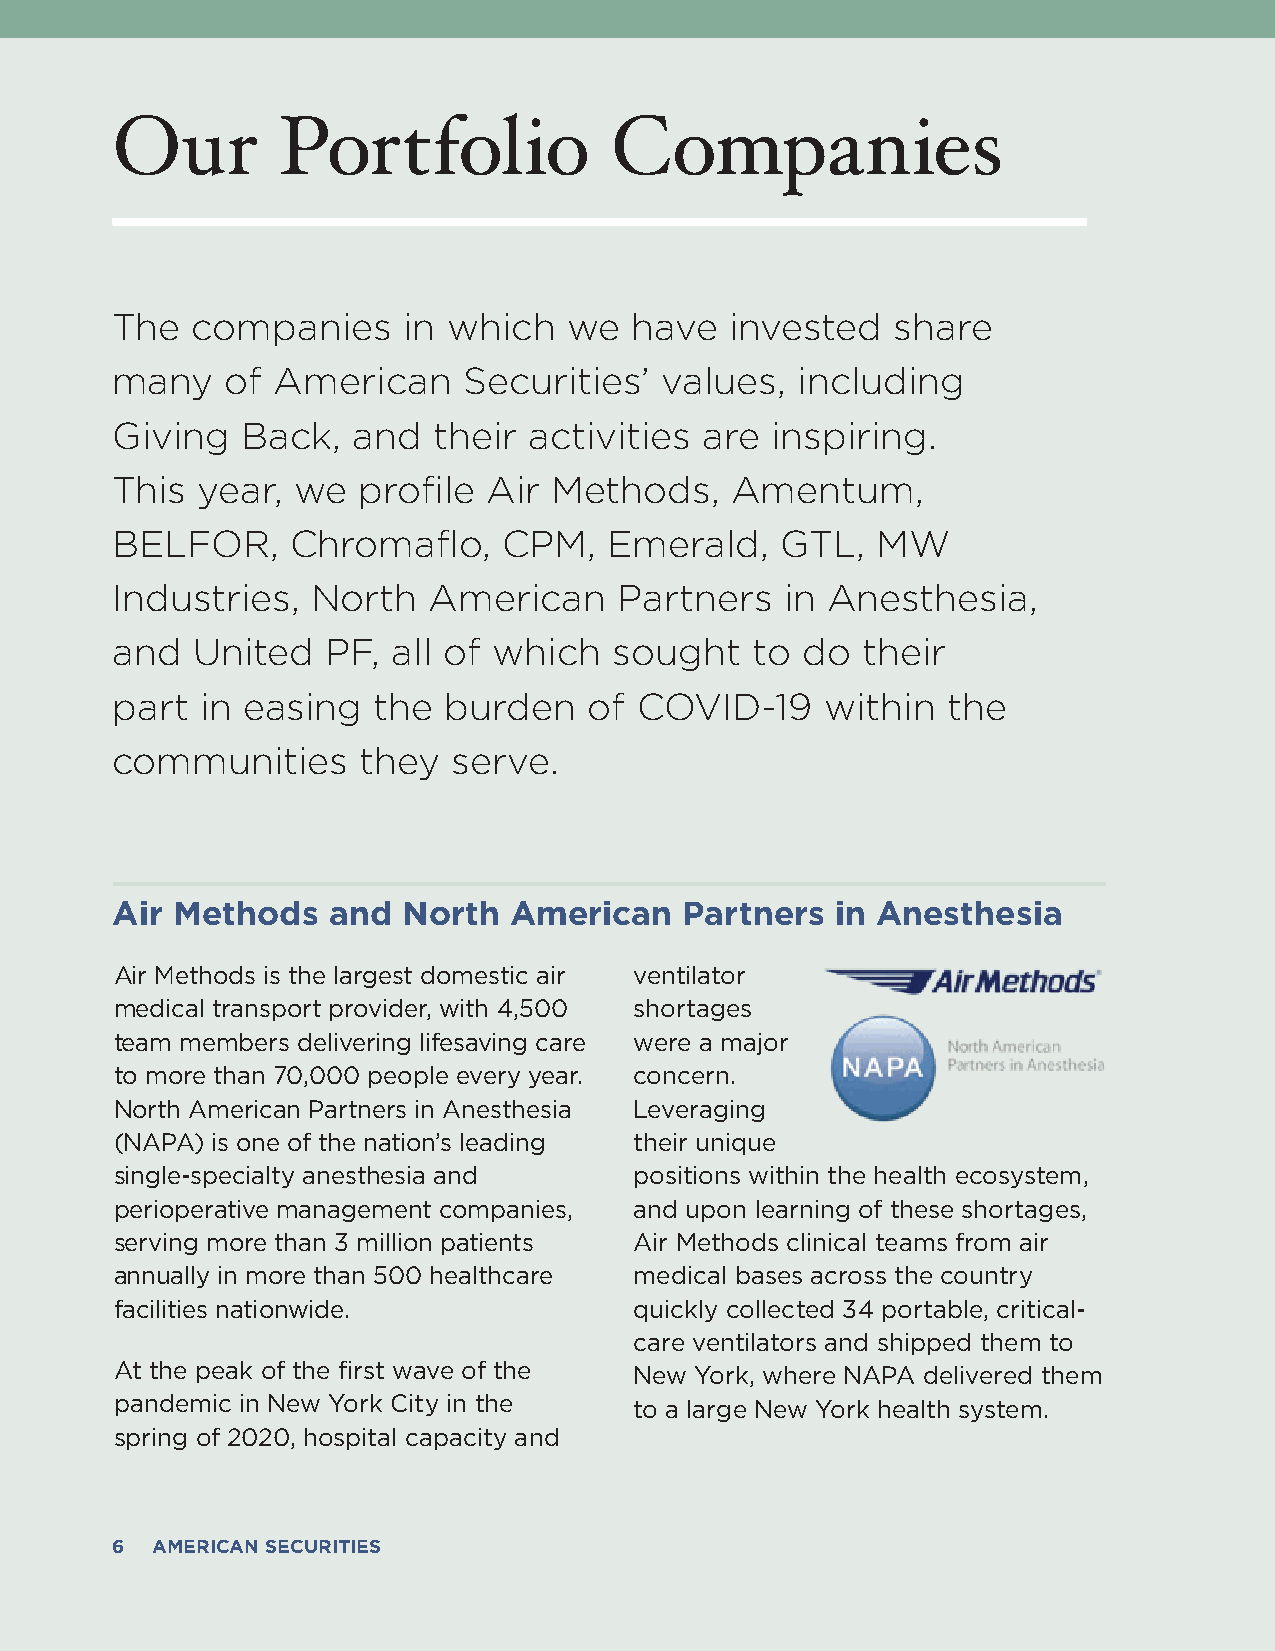
Our        Portfolio             Companies
 The   companies     in which   we  have  invested   share
 many    of American     Securities’  values,  including
 Giving   Back,  and   their activities  are inspiring.
 This  year, we   profile Air  Methods,   Amentum,
 BELFOR,     Chromaflo,    CPM,   Emerald,    GTL,  MW
 Industries,   North  American     Partners   in Anesthesia,
 and   United   PF, all of which   sought   to do  their
 part  in easing   the burden    of COVID-19     within  the
 communities      they  serve.
 Air Methods    and  North  American   Partners  in Anesthesia
 Air Methods is the largest domestic air ventilator
 medical transport provider, with 4,500 shortages
 team members delivering lifesaving care were a major
 to more than 70,000 people every year. concern.
 North American Partners in Anesthesia Leveraging
 (NAPA) is one of the nation’s leading their unique
 single-specialty anesthesia and   positions within the health ecosystem,
 perioperative management companies, and upon learning of these shortages,
 serving more than 3 million patients Air Methods clinical teams from air
 annually in more than 500 healthcare medical bases across the country
 facilities nationwide.            quickly collected 34 portable, critical-
 care ventilators and shipped them to
 At the peak of the first wave of the New York, where NAPA delivered them
 pandemic in New York City in the  to a large New York health system.
 spring of 2020, hospital capacity and
 66 AAMMEERRIICCAANN SSEECCUURRIITTIIEESS